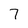
Character: 7